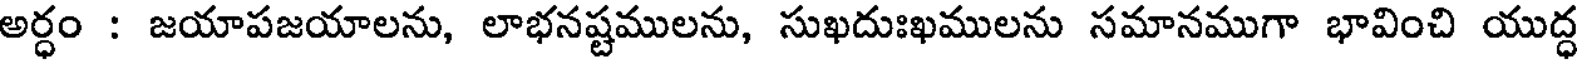
అర్ధం : జయాపజయాలను, లాభనష్టములను, సుఖదుఃఖములను సమానముగా భావించి యుద్ధ